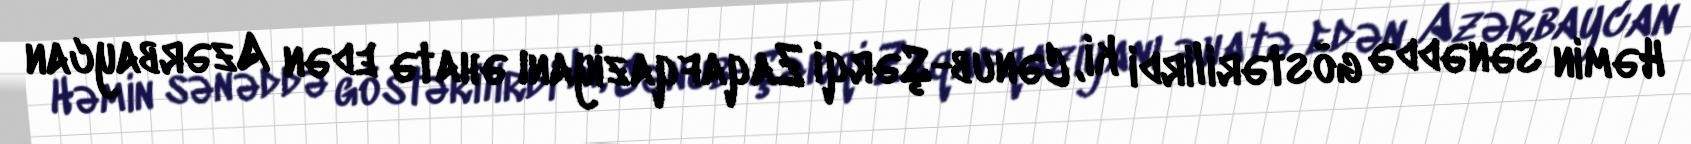
Həmin sənəddə göstərilirdi ki, Cənub-Şərqi Zaqafqaziyanı əhatə edən Azərbaycan